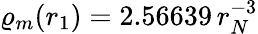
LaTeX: \varrho_{m}(r_{1})=2.56639\, r_{N}^{-3}